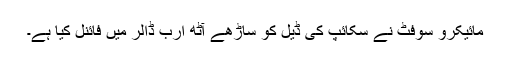
مائیکرو سوفٹ نے سکائپ کی ڈیل کو ساڑھے آٹھ ارب ڈالر میں فائنل کیا ہے۔